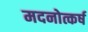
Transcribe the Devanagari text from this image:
मदनोत्कर्ष